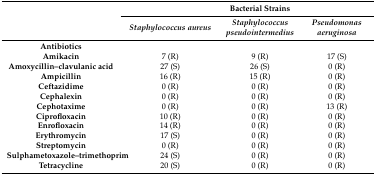
<table><thead><tr><td rowspan="2">[EMPTY_CELL]</td><td>[EMPTY_CELL]</td><td><b>Bacterial Strains</b></td><td>[EMPTY_CELL]</td></tr><tr><td><b><i>Staphylococcus aureus</i></b></td><td><b><i>Staphylococcus pseudointermedius</i></b></td><td><b><i>Pseudomonas aeruginosa</i></b></td></tr></thead><tbody><tr><td><b>Antibiotics</b></td><td>[EMPTY_CELL]</td><td>[EMPTY_CELL]</td><td>[EMPTY_CELL]</td></tr><tr><td><b>Amikacin</b></td><td>7 (R)</td><td>9 (R)</td><td>17 (S)</td></tr><tr><td><b>Amoxycillin–clavulanic acid</b></td><td>27 (S)</td><td>26 (S)</td><td>0 (R)</td></tr><tr><td><b>Ampicillin</b></td><td>16 (R)</td><td>15 (R)</td><td>0 (R)</td></tr><tr><td><b>Ceftazidime</b></td><td>0 (R)</td><td>0 (R)</td><td>0 (R)</td></tr><tr><td><b>Cephalexin</b></td><td>0 (R)</td><td>0 (R)</td><td>0 (R)</td></tr><tr><td><b>Cephotaxime</b></td><td>0 (R)</td><td>0 (R)</td><td>13 (R)</td></tr><tr><td><b>Ciprofloxacin</b></td><td>10 (R)</td><td>0 (R)</td><td>0 (R)</td></tr><tr><td><b>Enrofloxacin</b></td><td>14 (R)</td><td>0 (R)</td><td>0 (R)</td></tr><tr><td><b>Erythromycin</b></td><td>17 (S)</td><td>0 (R)</td><td>0 (R)</td></tr><tr><td><b>Streptomycin</b></td><td>0 (R)</td><td>0 (R)</td><td>0 (R)</td></tr><tr><td><b>Sulphametoxazole–trimethoprim</b></td><td>24 (S)</td><td>0 (R)</td><td>0 (R)</td></tr><tr><td><b>Tetracycline</b></td><td>20 (S)</td><td>0 (R)</td><td>0 (R)</td></tr></tbody></table>